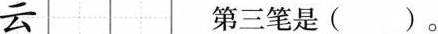
云 第三笔是()。